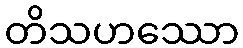
တိသဟဿော